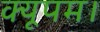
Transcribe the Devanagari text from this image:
क्यूपम।